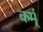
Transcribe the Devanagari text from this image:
कर्म्